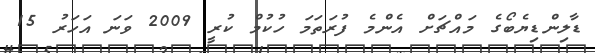
ޑާލިންޑިޔެބޯގެ މައްޗަށް އެންމެ ފުރަތަމަ ހުކުމް ކުރީ 2009 ވަނަ އަހަރު 15